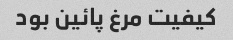
کیفیت مرغ پائین بود